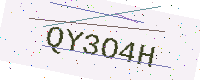
Text: QY3O4H